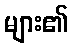
များ၏